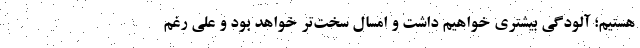
هستیم؛ آلودگی بیشتری خواهیم داشت و امسال سخت‌تر خواهد بود و علی رغم